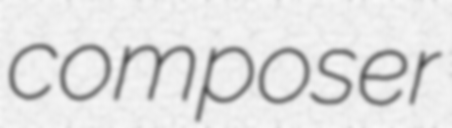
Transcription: composer